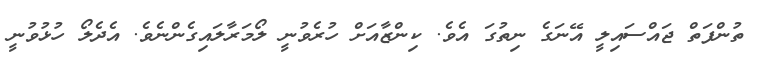
ތުންފަތް ޖައްސައިލީ އޭނަގެ ނިތުގަ އެވެ. ކިންޒާއަށް ހުރެވުނީ ލޯމަރާލައިގެންނެވެ. އެދެލޯ ހުޅުވުނީ